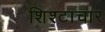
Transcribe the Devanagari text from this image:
शिश्टाचार